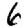
Digit: 6